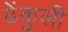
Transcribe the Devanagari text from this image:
ढेंकुली